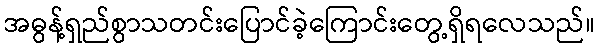
အဓွန့်ရှည်စွာသတင်းပြောင်ခဲ့ကြောင်းတွေ့ရှိရလေသည်။